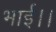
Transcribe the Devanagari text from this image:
भाई।।